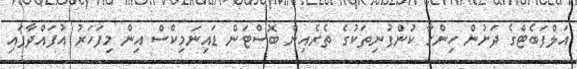
އަލްފަބެޓްގެ ދަށުން ހިންގާ ކުންފުނިތަކުގެ ތެރެއިން ބޮސްޓަން ޑައިނަމިކްސް އިން މިފަހަރު އުފައްދާފައި